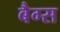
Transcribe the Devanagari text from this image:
बैग्‍स